65_HS1-834228961_62-HQ-83894_Section_3
Agency: FBI
Page 1
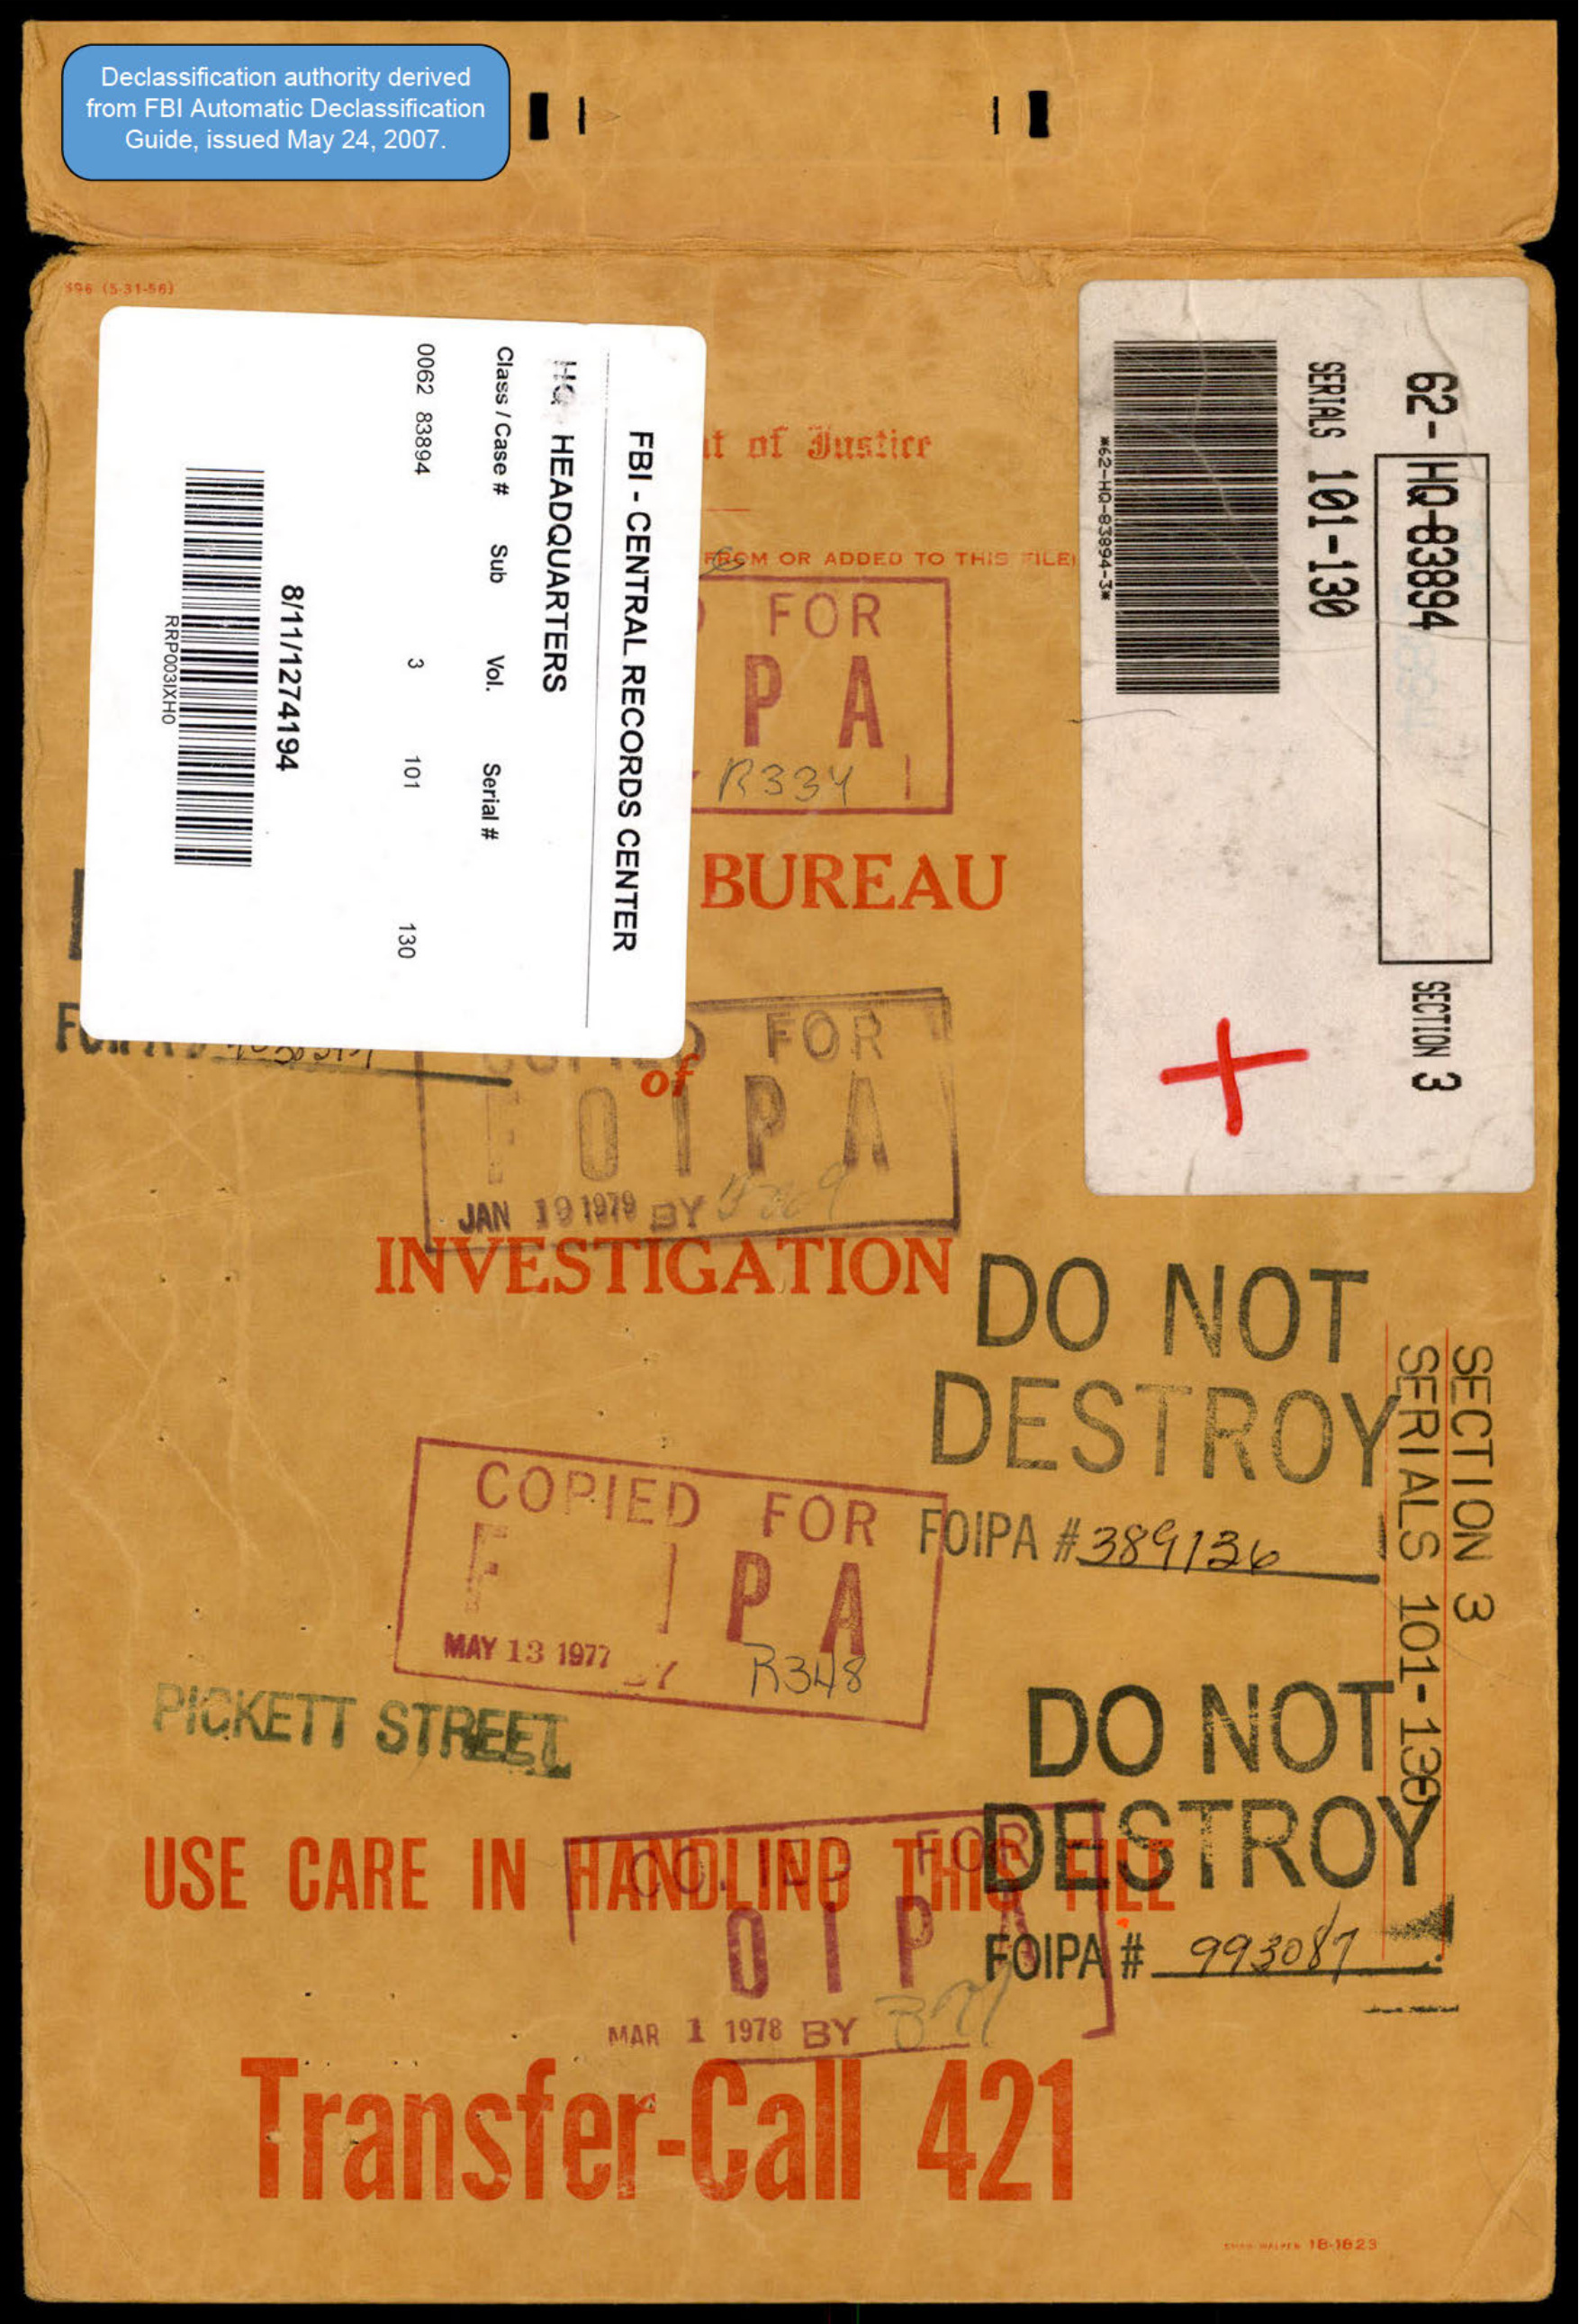